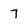
Character: 7